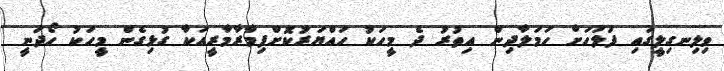
ވިލިނގިލީގައި ފުލުހަށް ހަމަލާދިން އިތުރު ދެ މީހަކު ހައްޔަރުކޮށްފިމާރާމާރީއަކާ ގުޅިގެން މީހަކު ހޯދަނީ